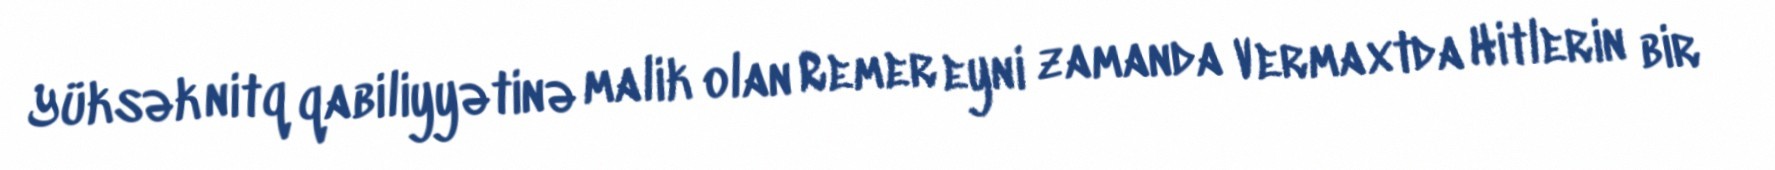
Yüksək nitq qabiliyyətinə malik olan Remer eyni zamanda Vermaxtda Hitlerin bir